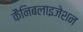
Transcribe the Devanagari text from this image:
कैनिबलाइजेशन